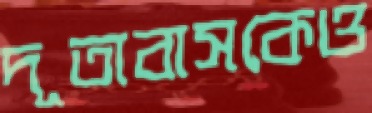
দূতাবাসকেও